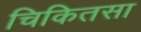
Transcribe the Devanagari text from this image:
चिकितसा